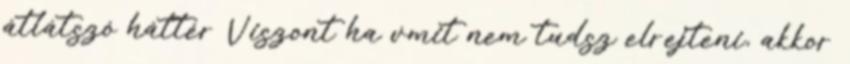
átlátszó háttér Viszont ha vmit nem tudsz elrejteni, akkor